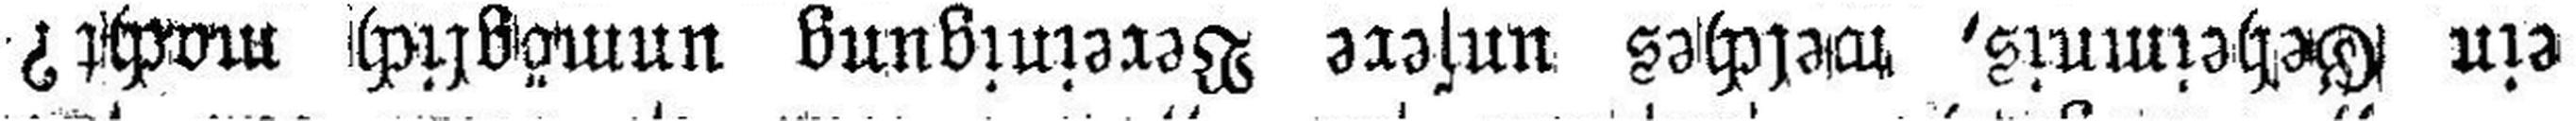
ein Geheimnis, welches unsere Vereinigung unmöglich macht?